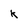
Character: k